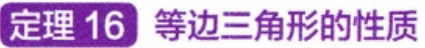
定理 16 等边三角形的性质